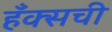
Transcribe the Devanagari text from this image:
हँक्सची